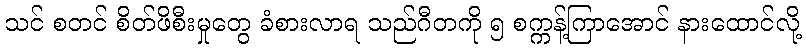
သင် စတင် စိတ်ဖိစီးမှုတွေ ခံစားလာရ သည်ဂီတကို ၅ စက္ကန့်ကြာအောင် နားထောင်လို့